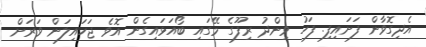
އެދިގޮވާން ފަށައިފި. ފަހު ވިންދު ރިފޫގެ މޭގައި ބޯއަޅައިގެން އޮވެ ޖަހައިލަން ވަރަށް